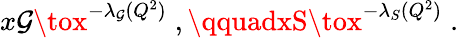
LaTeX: x\mathcal{G}\tox^{-\lambda_{\mathcal{G}}(Q^{2})}\; ,\qquadxS\tox^{-\lambda_{S}(Q^{2})}\; .